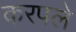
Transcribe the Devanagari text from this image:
करपले